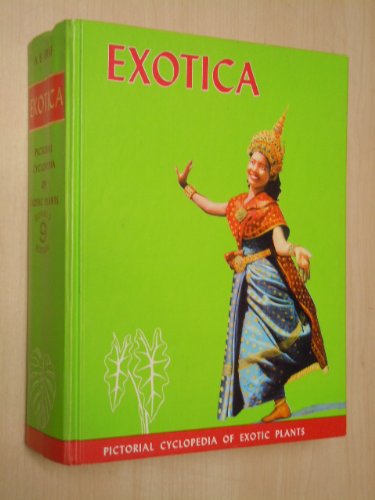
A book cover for Exotica, series 3: Pictorial cyclopedia of exotic plants from tropical and near-tropic regions; Alfred Byrd Graf; Crafts, Hobbies & Home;